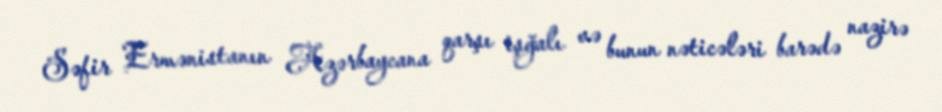
Səfir Ermənistanın Azərbaycana qarşı işğalı və bunun nəticələri barədə nazirə